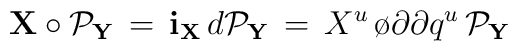
{\bf X} \circ {\cal P}_{\bf Y}\, =  \, {\bf i}_{\bf X} \, d{\cal P}_{\bf Y}\, = \,X^u \, {\o{\partial}{\partial q^u}} \, {\cal P}_{\bf Y}\,